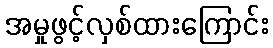
အမှုဖွင့်လှစ်ထားကြောင်း